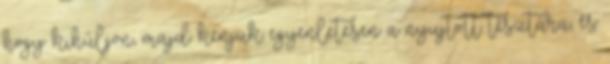
hogy kihűljön, majd kenjük egyenletesen a nyujtott tésztára, és